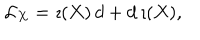
LaTeX: { \cal L } _ { X } = \imath ( X ) \, d + d \, \imath ( X ) ,